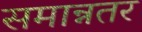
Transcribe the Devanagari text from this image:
समान्नतर